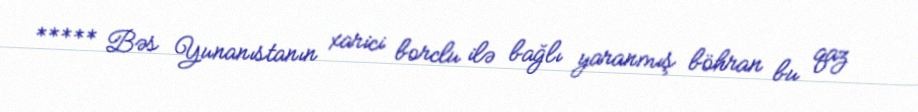
***** Bəs Yunanıstanın xarici borclu ilə bağlı yaranmış böhran bu qaz